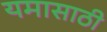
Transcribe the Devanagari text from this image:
यमासाठी